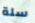
سلة